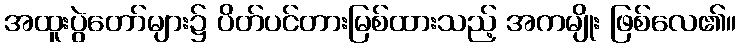
အထူးပွဲတော်များ၌ ပိတ်ပင်တားမြစ်ထားသည့် အကမျိုး ဖြစ်လေ၏။